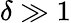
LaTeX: \delta\gg 1